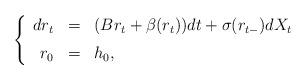
LaTeX: \begin{align*}\left\{\begin{array}{rcl}dr_t & = & (B r_t + \beta(r_t))dt +\sigma(r_{t-})dX_t\medskip\\ r_0 & = & h_0,\end{array}\right.\end{align*}